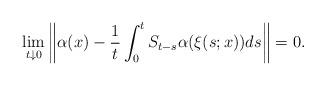
LaTeX: \begin{align*}\lim_{t \downarrow 0} \bigg\| \alpha(x) - \frac{1}{t} \int_0^t S_{t-s} \alpha(\xi(s;x)) ds \bigg\| = 0.\end{align*}